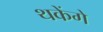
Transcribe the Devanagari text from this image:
थकेंगे